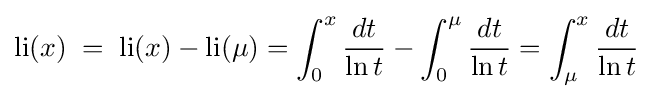
\mathrm {li} (x)\;=\;\mathrm {li} (x)-\mathrm {li} (\mu )=\int _{0}^{x}{\frac {dt}{\ln t}}-\int _{0}^{\mu }{\frac {dt}{\ln t}}=\int _{\mu }^{x}{\frac {dt}{\ln t}}